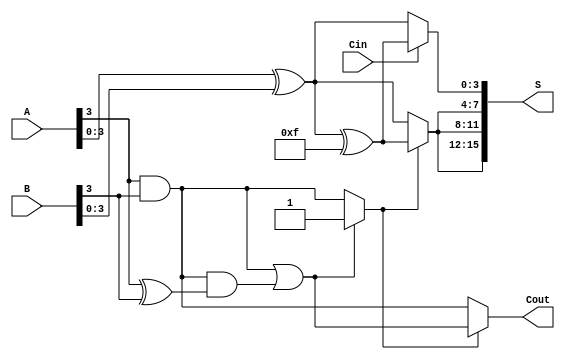
module HybridCarrySelectAdder #(parameter N = 16) (
    input  [N-1:0] A,      // First N-bit input
    input  [N-1:0] B,      // Second N-bit input
    input          Cin,     // Carry-in
    output [N-1:0] S,      // N-bit sum output
    output         Cout     // Carry-out
);

    localparam BLOCK_SIZE = 4; // Size of each block
    localparam NUM_BLOCKS = N / BLOCK_SIZE;

    wire [BLOCK_SIZE-1:0] S0 [0:NUM_BLOCKS-1]; // Sums for Cin = 0
    wire [BLOCK_SIZE-1:0] S1 [0:NUM_BLOCKS-1]; // Sums for Cin = 1
    wire C0 [0:NUM_BLOCKS-1];                   // Carry-out for Cin = 0
    wire C1 [0:NUM_BLOCKS-1];                   // Carry-out for Cin = 1
    wire Cprev [0:NUM_BLOCKS-1];                // Previous carry for each block
    wire [BLOCK_SIZE-1:0] A_block, B_block;    // Block inputs

    // Generate blocks
    genvar i;
    generate
        for (i = 0; i < NUM_BLOCKS; i = i + 1) begin : block
            // Select the appropriate bits for the current block
            assign A_block = A[(i+1)*BLOCK_SIZE-1:i*BLOCK_SIZE];
            assign B_block = B[(i+1)*BLOCK_SIZE-1:i*BLOCK_SIZE];

            // Calculate S0 and C0 for Cin = 0
            assign S0[i] = A_block ^ B_block;
            assign C0[i] = A_block[BLOCK_SIZE-1] & B_block[BLOCK_SIZE-1];

            // Calculate S1 and C1 for Cin = 1
            assign S1[i] = A_block ^ B_block ^ {BLOCK_SIZE{1'b1}};
            assign C1[i] = (A_block[BLOCK_SIZE-1] & B_block[BLOCK_SIZE-1]) | (C0[i] & (A_block[BLOCK_SIZE-1] ^ B_block[BLOCK_SIZE-1]));

            // Select carry for the next block
            if (i == 0) begin
                assign Cprev[i] = Cin;
            end else begin
                assign Cprev[i] = C1[i-1] ? C1[i-1] : C0[i-1];
            end

            // Select the appropriate sum and carry based on Cprev
            assign S[(i+1)*BLOCK_SIZE-1:i*BLOCK_SIZE] = Cprev[i] ? S1[i] : S0[i];
            assign Cout = Cprev[NUM_BLOCKS-1] ? C1[NUM_BLOCKS-1] : C0[NUM_BLOCKS-1];
        end
    endgenerate

endmodule